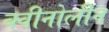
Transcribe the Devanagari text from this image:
क्वीनोलीन